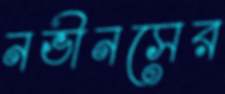
নভীনসের